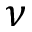
\nu